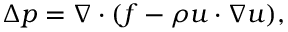
\Delta p = \nabla \cdot ( \boldsymbol f - \rho \boldsymbol u \cdot \nabla \boldsymbol u ) ,